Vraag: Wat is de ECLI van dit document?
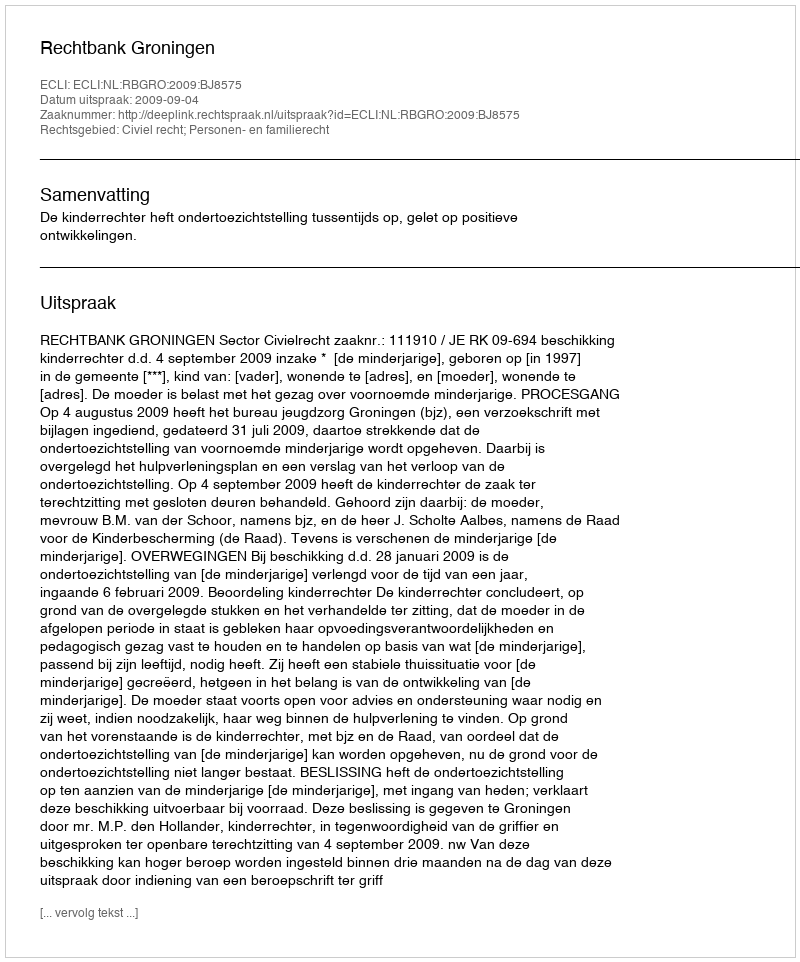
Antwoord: ECLI:NL:RBGRO:2009:BJ8575